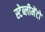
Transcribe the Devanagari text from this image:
स्टेब्लीमेंटो